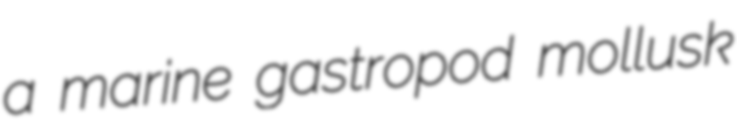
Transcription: a marine gastropod mollusk